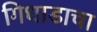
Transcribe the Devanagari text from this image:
गिधाडाचा